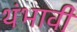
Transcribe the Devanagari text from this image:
थंभावी